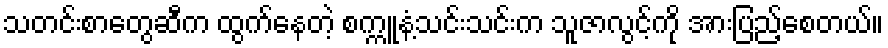
သတင်းစာတွေဆီက ထွက်နေတဲ့ စက္ကူနံ့သင်းသင်းက သူဇာလွင့်ကို အားပြည့်စေတယ်။